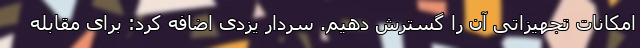
امکانات تجهیزاتی آن را گسترش دهیم. سردار یزدی اضافه کرد: برای مقابله